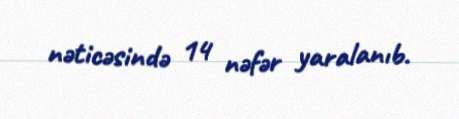
nəticəsində 14 nəfər yaralanıb.